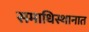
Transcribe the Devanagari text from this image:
समाधिस्थानात